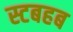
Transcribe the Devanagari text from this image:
स्टबहब